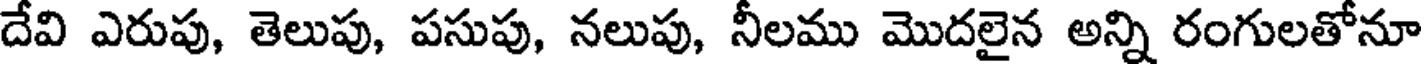
దేవి ఎరుపు, తెలుపు, పసుపు, నలుపు, నీలము మొదలైన అన్ని రంగులతోనూ